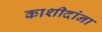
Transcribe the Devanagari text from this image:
काशीदांना